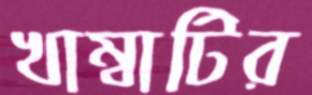
খাম্বাটির